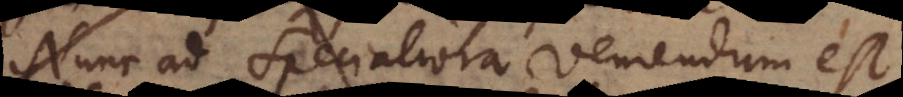
Nunc ad Specialiora veniendum est